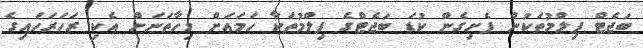
ބަޖެޓް ފިލްމުތަކުން ފެށިގެން ކުޑަ ބަޖެޓްގެ ފިލްމުތަކާ ހަމައަށް މިހާތަނަށް އެކި ރަހަރަހައިގެ